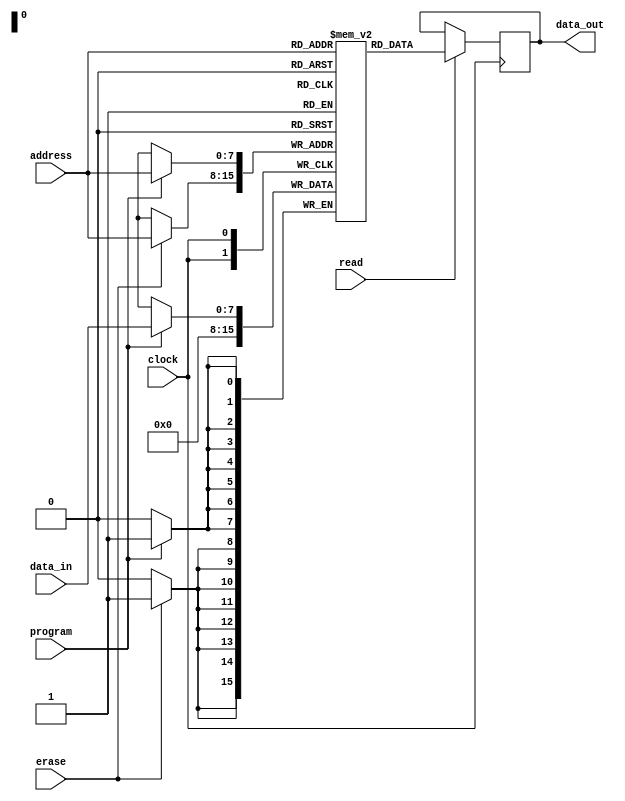
module EPROM (
    input wire [7:0] address,
    input wire [7:0] data_in,
    output reg [7:0] data_out,
    input wire program,
    input wire erase,
    input wire read,
    input wire clock
);

reg [7:0] memory [0:255];

always @(posedge clock) begin
    if (program) begin
        memory[address] <= data_in;
    end
    if (erase) begin
        memory[address] <= 8'b00000000;
    end
    if (read) begin
        data_out <= memory[address];
    end
end

endmodule